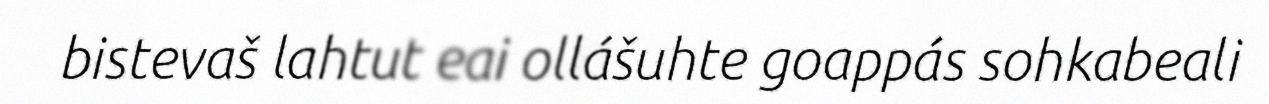
bistevaš lahtut eai ollášuhte goappás sohkabeali